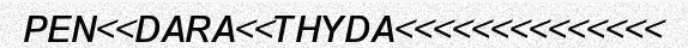
PEN<<DARA<<THYDA<<<<<<<<<<<<<<